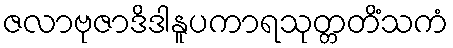
ဇလာဗုဇာဒိဒါနူပကာရသုတ္တတိံသကံ